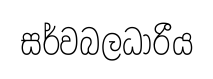
සර්වබලධාරීය